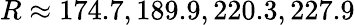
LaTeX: R\approx 174.7,189.9,220.3,227.9